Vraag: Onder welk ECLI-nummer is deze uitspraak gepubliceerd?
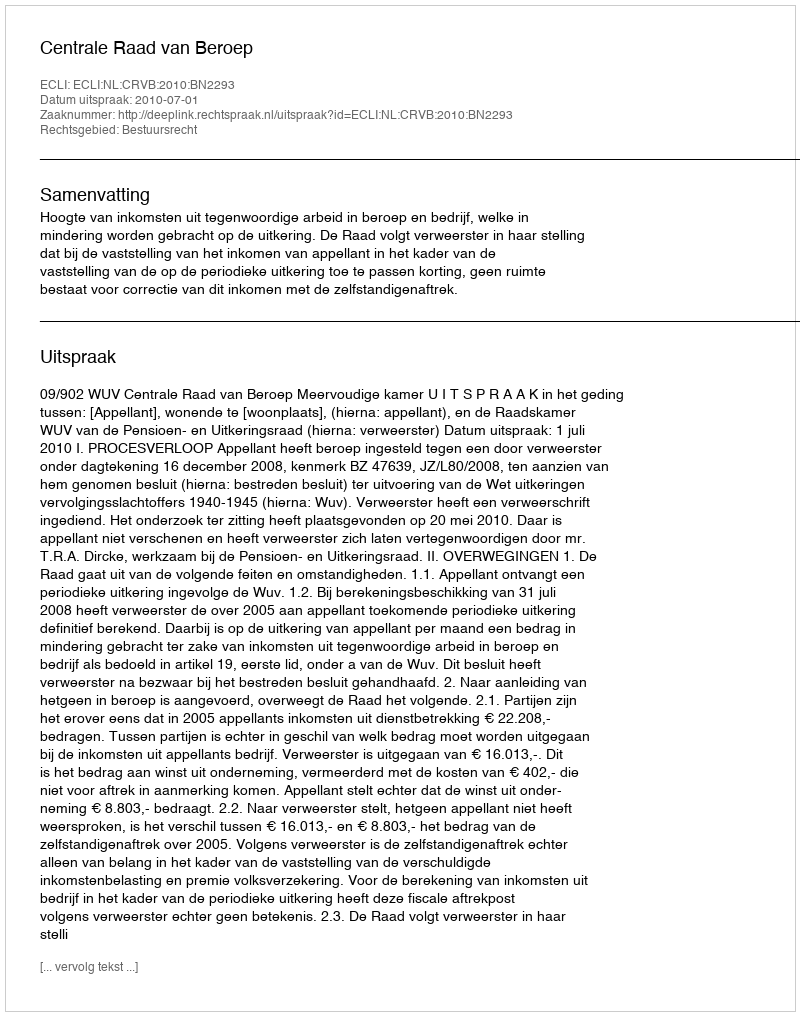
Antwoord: ECLI:NL:CRVB:2010:BN2293